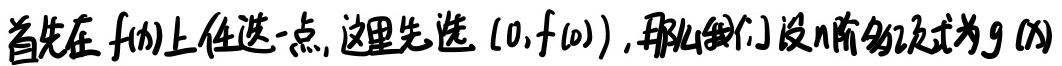
首先在$f(x)$上任选一点, 这里先选$(0,f(0))$, 那么我们设$n$阶多项式为$g(x)$